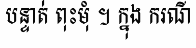
បន្ទាត់ ពុះមុំ ។ ក្នុង ករណី